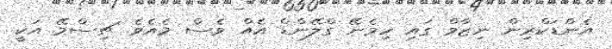
އެންޑަކްރިން ނިޒާމް ގައި ހިމެނޭ ގްލޭންޑް އެއް ވެސް މެއެވެ. ޗިސްމޭ އަކީ